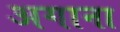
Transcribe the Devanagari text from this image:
अगाना